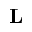
\mathbf { L }